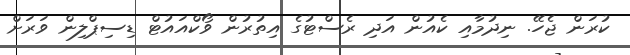
ކުރަން ޖެހޭ. ނިދުމާއި ކެއުން އަދި ރެސްޓުގެ އިތުރުން ވޯކްއައުޓް ޑިސިޕްލިން ވަރަށް